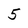
Character: 5